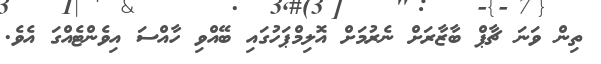
ތިން ވަނަ ޗާޕް ބާޒާރަށް ނެރުމަށް އޮލިމްޕަހުގައި ބޭއްވި ހާއްސަ އިވެންޓެއްގަ އެވެ.